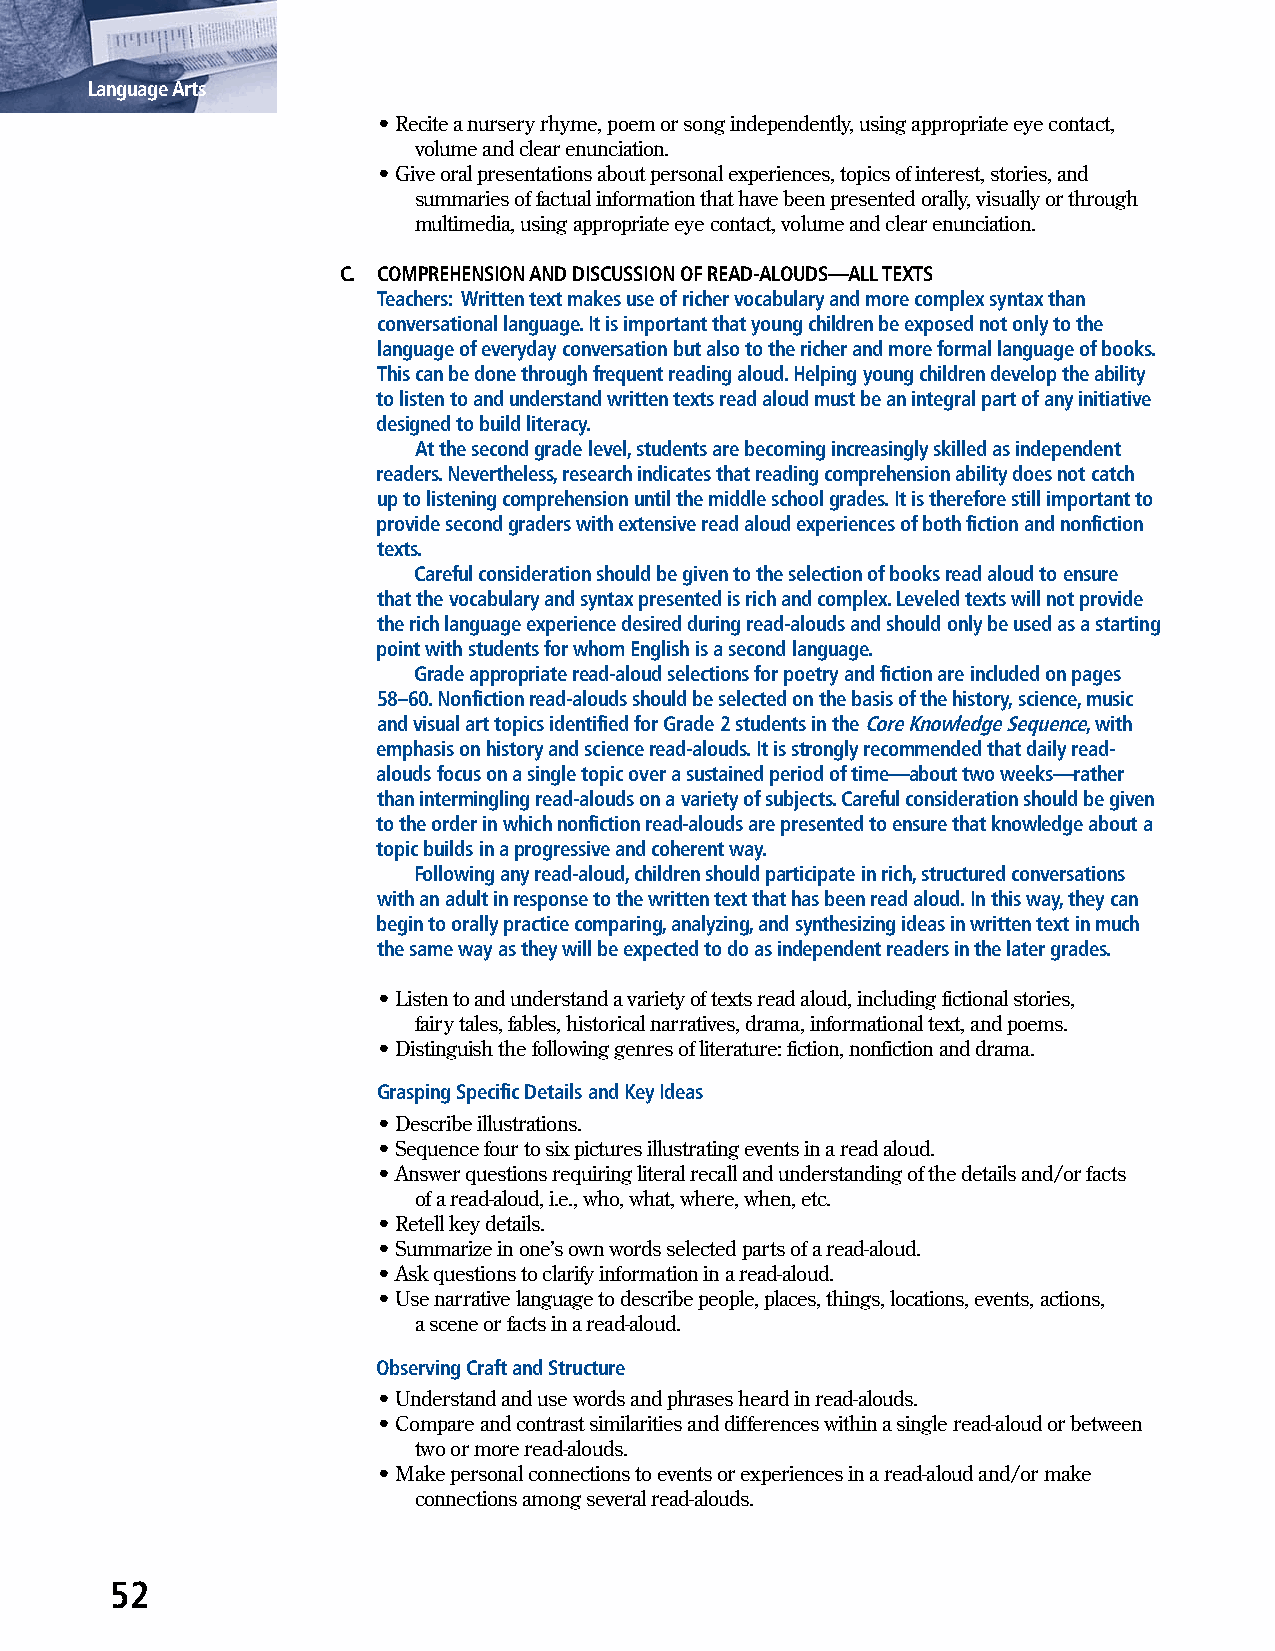
Language Arts
 • Recite a nursery rhyme, poem or song independently, using appropriate eye contact,
 volume and clear enunciation.
 • Give oral presentations about personal experiences, topics of interest, stories, and
 summaries of factual information that have been presented orally, visually or through
 multimedia, using appropriate eye contact, volume and clear enunciation.
 C. COMPREHENSION AND DISCUSSION OF READ-ALOUDS—ALL TEXTS
 Teachers: Written text makes use of richer vocabulary and more complex syntax than
 conversational language. It is important that young children be exposed not only to the
 language of everyday conversation but also to the richer and more formal language of books.
 This can be done through frequent reading aloud. Helping young children develop the ability
 to listen to and understand written texts read aloud must be an integral part of any initiative
 designed to build literacy.
 At the second grade level, students are becoming increasingly skilled as independent
 readers. Nevertheless, research indicates that reading comprehension ability does not catch
 up to listening comprehension until the middle school grades. It is therefore still important to
 provide second graders with extensive read aloud experiences of both fiction and nonfiction
 texts.
 Careful consideration should be given to the selection of books read aloud to ensure
 that the vocabulary and syntax presented is rich and complex. Leveled texts will not provide
 the rich language experience desired during read-alouds and should only be used as a starting
 point with students for whom English is a second language.
 Grade appropriate read-aloud selections for poetry and fiction are included on pages
 58–60. Nonfiction read-alouds should be selected on the basis of the history, science, music
 and visual art topics identified for Grade 2 students in the Core Knowledge Sequence, with
 emphasis on history and science read-alouds. It is strongly recommended that daily read-
 alouds focus on a single topic over a sustained period of time—about two weeks—rather
 than intermingling read-alouds on a variety of subjects. Careful consideration should be given
 to the order in which nonfiction read-alouds are presented to ensure that knowledge about a
 topic builds in a progressive and coherent way.
 Following any read-aloud, children should participate in rich, structured conversations
 with an adult in response to the written text that has been read aloud. In this way, they can
 begin to orally practice comparing, analyzing, and synthesizing ideas in written text in much
 the same way as they will be expected to do as independent readers in the later grades.
 • Listen to and understand a variety of texts read aloud, including fictional stories,
 fairy tales, fables, historical narratives, drama, informational text, and poems.
 • Distinguish the following genres of literature: fiction, nonfiction and drama.
 Grasping Specific Details and Key Ideas
 • Describe illustrations.
 • Sequence four to six pictures illustrating events in a read aloud.
 • Answer questions requiring literal recall and understanding of the details and/or facts
 of a read-aloud, i.e., who, what, where, when, etc.
 • Retell key details.
 • Summarize in one’s own words selected parts of a read-aloud.
 • Ask questions to clarify information in a read-aloud.
 • Use narrative language to describe people, places, things, locations, events, actions,
 a scene or facts in a read-aloud.
 Observing Craft and Structure
 • Understand and use words and phrases heard in read-alouds.
 • Compare and contrast similarities and differences within a single read-aloud or between
 two or more read-alouds.
 • Make personal connections to events or experiences in a read-aloud and/or make
 connections among several read-alouds.
 52